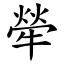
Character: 犖